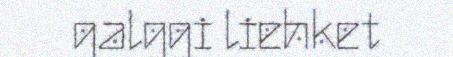
galggi liehket